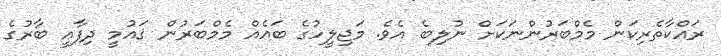
ރައްކާތެރިކަން މެމްބަރުންނަކަށް ނުލިބެ އެވެ. މަޖިލީހުގެ ބައެއް މެމްބަރުން ޤައުމީ ދިފާޢީ ބާރުގެ